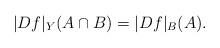
LaTeX: \begin{align*}|Df|_Y(A\cap B) = |Df|_B(A).\end{align*}